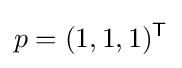
p=(1,1,1)^{\mathsf {T}}